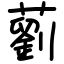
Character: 藰